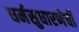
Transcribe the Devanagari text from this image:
धर्मसुधारणेची